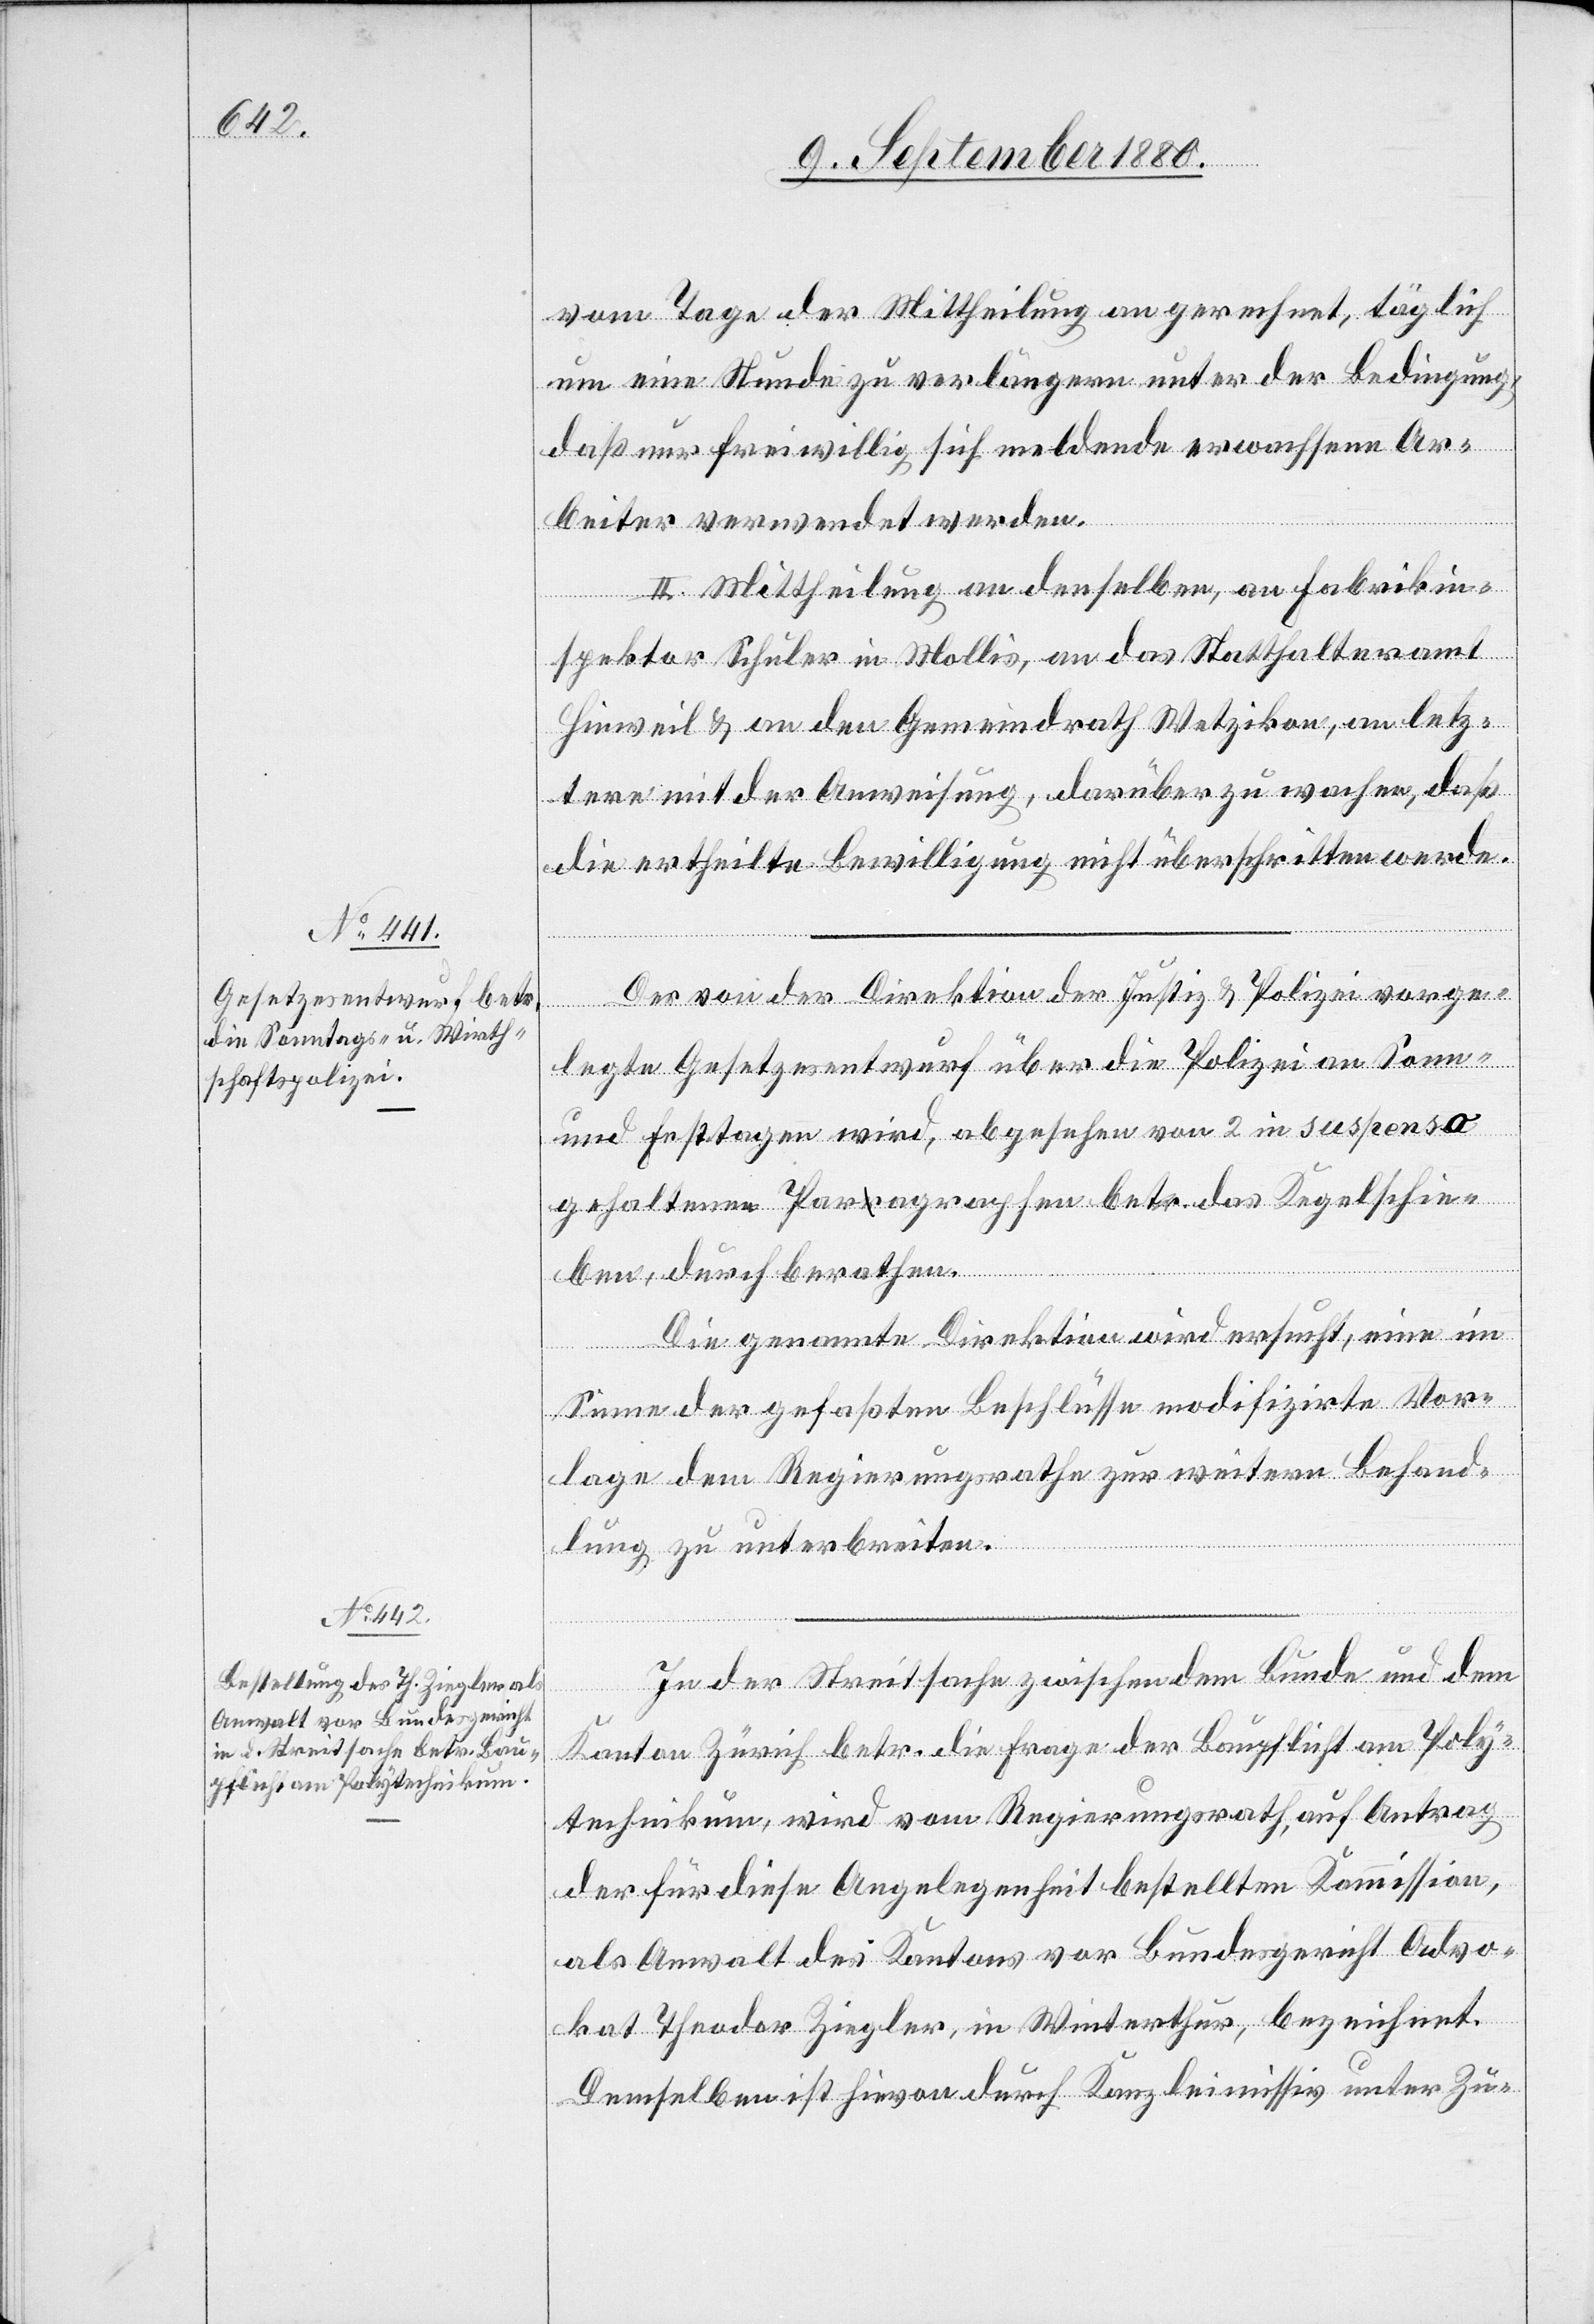
vom Tage der Mittheilung an gerechnet, täglich
um eine Stunde zu verlängern unter der Bedingung,
daß nur freiwillig sich meldende erwachsene Ar¬
beiter verwendet werden.
II. Mittheilung an denselben, an Fabrikin¬
spektor Schuler in Mollis, an das Statthalteramt
Hinweil & an den Gemeindrath Wetzikon, an letz¬
teren mit der Anweisung, darüber zu wachen, daß
die ertheilte Bewilligung nicht überschritten werde.
Der von der Direktion der Justiz & Polizei vorge¬
legte Gesetzesentwurf über die Polizei an Sonn-
und Festtagen wird, abgesehen von 2 in suspensa
gehaltenen Paragraphen betr. das Kegelschie¬
ben, durchberathen.
Die genannte Direktion wird ersucht, eine im
Sinne der gefaßten Beschlüsse modifizirte Vor¬
lage dem Regierungsrathe zur weitern Behand¬
lung zu unterbreiten.
In der Streitsachen zwischen dem Bunde und dem
Kanton Zürich betr. die Frage der Baupflicht am Poly¬
technikum, wird vom Regierungsrath, auf Antrag
der für diese Angelegenheit bestellten Kommission,
als Anwalt des Kantons vor Bundesgericht Advo¬
kat Theodor Ziegler, in Winterthur, bezeichnet.
Demselben ist hievon durch Kanzleimissiv unter Zu-